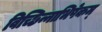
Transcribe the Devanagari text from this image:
विच्छिन्नाभिषेकम्